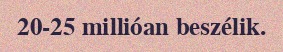
20-25 millióan beszélik.